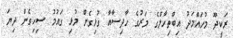
ރަކީދޫ މުހައްމަދު އިބްތިހާލްގެ މަރުގެ ހާދިސާއާ ގުޅިގެން މުޅި ގައުމު ސިހިގެން ދިޔަ